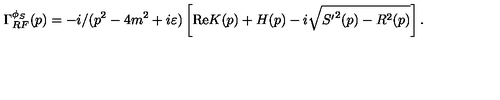
\Gamma _ { R F } ^ { \phi _ { S } } ( p ) = - i / ( p ^ { 2 } - 4 m ^ { 2 } + i \varepsilon ) \left[ \mathrm { R e } K ( p ) + H ( p ) - i \sqrt { { S ^ { \prime } } ^ { 2 } ( p ) - R ^ { 2 } ( p ) } \right] .